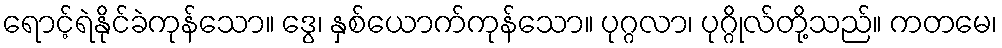
ရောင့်ရဲနိုင်ခဲကုန်သော။ ဒွေ၊ နှစ်ယောက်ကုန်သော။ ပုဂ္ဂလာ၊ ပုဂ္ဂိုလ်တို့သည်။ ကတမေ၊